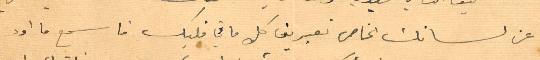
عن لسانك الخاص تعبيرين كل ما في قلبك فاسمع ما اود